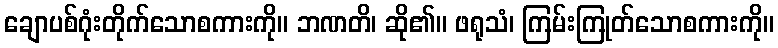
ချောပစ်ဂုံးတိုက်သောစကားကို။ ဘဏတိ၊ ဆို၏။ ဖရုသံ၊ ကြမ်းကြုတ်သောစကားကို။